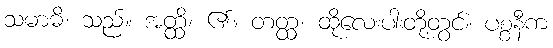
သမာဓိ၊ သည်။ အတ္ထိ၊ ၏။ တတ္ထ၊ ထိုလေးပါးတို့တွင်။ ပစ္စနီက